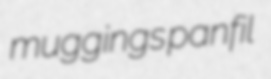
muggings panfil